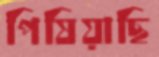
পিষিয়াছি